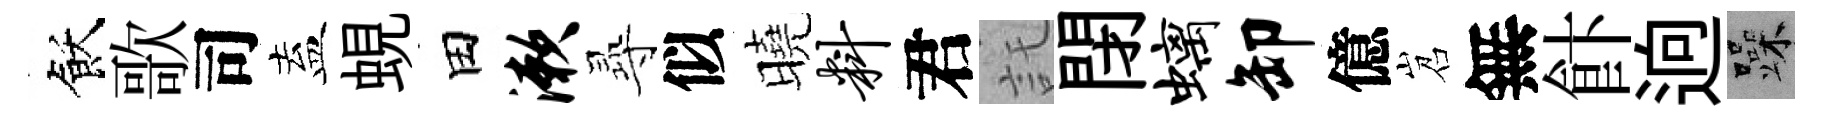
飫歌司盍蜆田漱𡬶似曉料君託閉螭卸億岧無飰逈躁